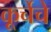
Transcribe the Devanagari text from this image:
कूर्चेचे